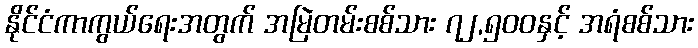
နိုင်ငံကာကွယ်ရေးအတွက် အမြဲတမ်းစစ်သား ၇၂,၅၀၀နှင့် အရံစစ်သား